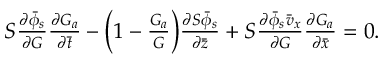
\begin{array} { r } { S \frac { \partial \bar { \phi } _ { s } } { \partial G } \frac { \partial G _ { a } } { \partial \bar { t } } - \Bigl ( 1 - \frac { G _ { a } } { G } \Bigr ) \frac { \partial S \bar { \phi } _ { s } } { \partial \bar { z } } + S \frac { \partial \bar { \phi } _ { s } \bar { v } _ { x } } { \partial G } \frac { \partial G _ { a } } { \partial \bar { x } } = 0 . } \end{array}